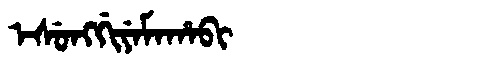
Manchu: ᡝᠰᡠᠩᡤᡳᠶᡝᠮᠠᡥᠠᠪᡳ
Romanization: ESUNGGIYEMAHABI